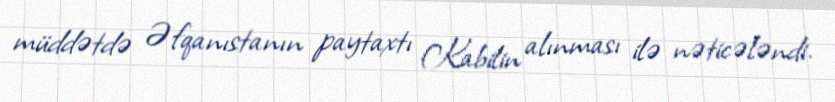
müddətdə Əfqanıstanın paytaxtı Kabilin alınması ilə nəticələndi.